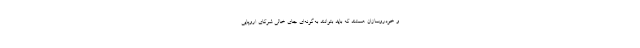
و خودروسازان هستند که باید بتوانند به‌گونه‌ای جای خالی شرکای اروپایی